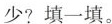
少?填一填。